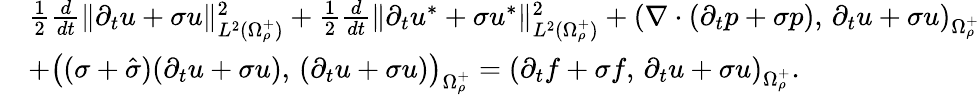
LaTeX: \begin{array}{r}{\begin{array}{rl}&{\frac{1}{2}\frac{d}{dt}\| \partial_{t}u+\sigma u\| _{L^{2}(\Omega_{\rho}^{+})}^{2}+\frac{1}{2}\frac{d}{dt}\| \partial_{t}u^{*}+\sigma u^{*}\| _{L^{2}(\Omega_{\rho}^{+})}^{2}+\left(\nabla\cdot(\partial_{t}p+\sigma p),\, \partial_{t}u+\sigma u\right)_{\Omega_{\rho}^{+}}}\\ &{+\left((\sigma+\hat{\sigma})(\partial_{t}u+\sigma u),\, (\partial_{t}u+\sigma u)\right)_{\Omega_{\rho}^{+}}=\left(\partial_{t}f+\sigma f,\, \partial_{t}u+\sigma u\right)_{\Omega_{\rho}^{+}}.}\end{array}}\end{array}